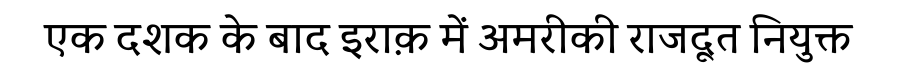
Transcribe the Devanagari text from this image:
एक दशक के बाद इराक़ में अमरीकी राजदूत नियुक्त